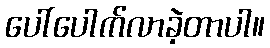
ပေါ်ပေါက်လာခဲ့တာပါ။